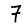
Digit: 7